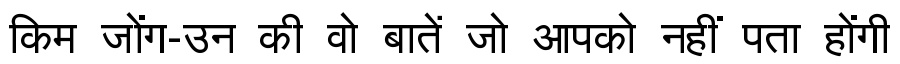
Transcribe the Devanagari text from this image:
किम जोंग-उन की वो बातें जो आपको नहीं पता होंगी